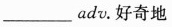
___adv.好奇地